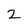
Character: 2